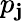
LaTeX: p_{\mathbf{j}}